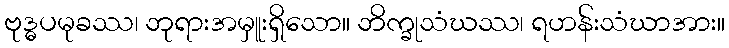
ဗုဒ္ဓပမုခဿ၊ ဘုရားအမှူးရှိသော။ ဘိက္ခုသံဃဿ၊ ရဟန်းသံဃာအား။